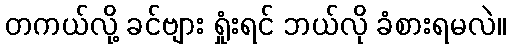
တကယ်လို့ ခင်ဗျား ရှုံးရင် ဘယ်လို ခံစားရမလဲ။